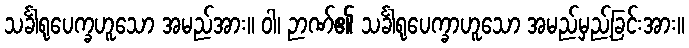
သင်္ခါရုပေက္ခဟူသော အမည်အား။ ဝါ၊ ဉာဏ်၏ သင်္ခါရုပေက္ခာဟူသော အမည်မှည့်ခြင်းအား။